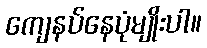
ကျေနပ်နေပုံမျိုးပါ။